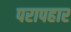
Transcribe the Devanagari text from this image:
परापहार